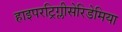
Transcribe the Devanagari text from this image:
हाइपरट्रिग्लीसेरिडेमिया